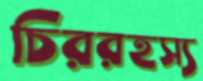
চিররহস্য